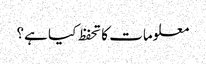
معلومات کا تحفظ کیا ہے؟